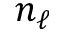
n _ { \ell }